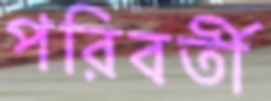
পরিবর্তী